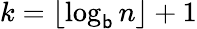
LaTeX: k=\lfloor\log_{\mathsf{b}}{n}\rfloor+1